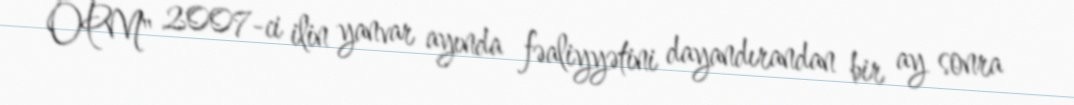
OPM" 2007-ci ilin yanvar ayında fəaliyyətini dayandırandan bir ay sonra